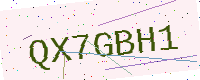
Text: QX7GBH1